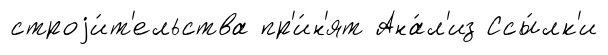
строjи́т'ельства пр'и́н'ят Ана́л'из Ссы́лк'и